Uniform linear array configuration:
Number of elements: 48
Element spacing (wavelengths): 0.75
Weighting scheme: exponential
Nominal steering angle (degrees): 0
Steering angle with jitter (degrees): -0.4902
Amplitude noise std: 0.05
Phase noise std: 0.05

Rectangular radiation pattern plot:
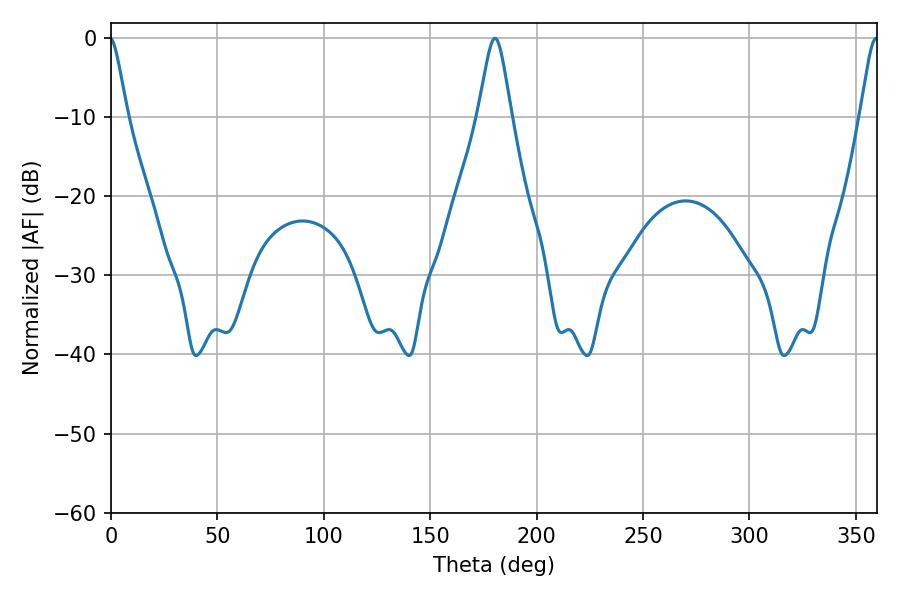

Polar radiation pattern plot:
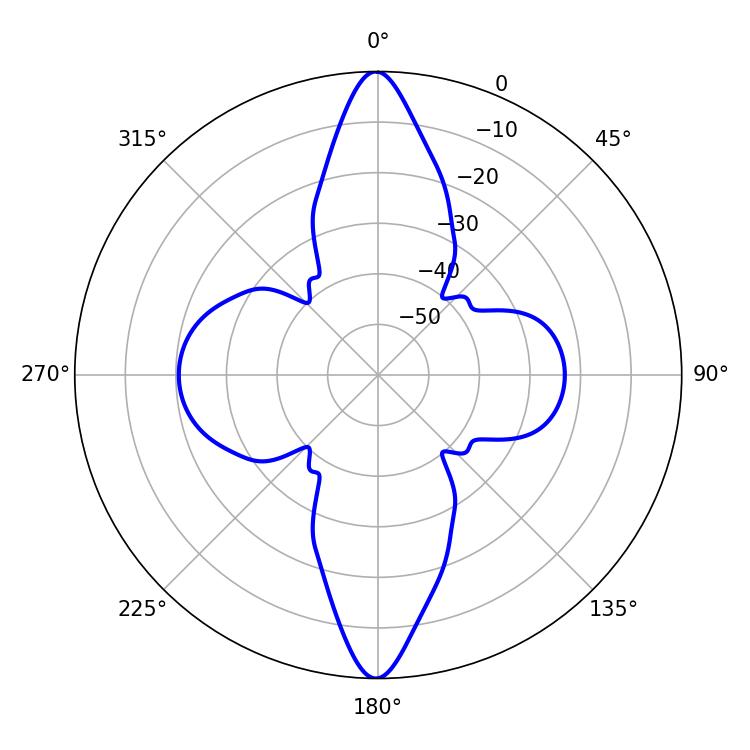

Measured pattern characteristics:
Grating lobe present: TRUE
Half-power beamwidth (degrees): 7.56
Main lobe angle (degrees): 180.36